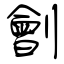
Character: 劊